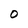
Character: 0